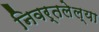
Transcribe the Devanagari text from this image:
निवर्तलेल्या